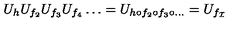
U _ { h } U _ { f _ { 2 } } U _ { f _ { 3 } } U _ { f _ { 4 } } \ldots = U _ { h \circ f _ { 2 } \circ f _ { 3 } \circ \ldots } = U _ { f _ { \cal I } }